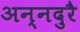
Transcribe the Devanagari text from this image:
अन्नदुरै